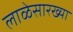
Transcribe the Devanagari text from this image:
लाळेसारख्या